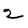
Character: 2